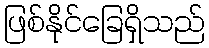
ဖြစ်နိုင်ခြေရှိသည်